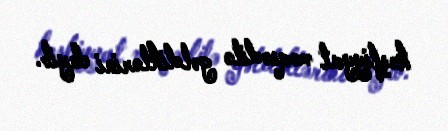
kəşfiyyat məqsədilə gəldiklərini deyib.